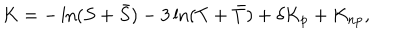
K = - \ln ( S + \bar { S } ) - 3 \ln ( T + \bar { T } ) + \delta K _ { \mathrm { p } } + K _ { \mathrm { n p } } ,